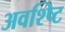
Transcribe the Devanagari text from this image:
अवश्ष्टि